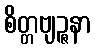
စိတ္တဗျဉ္ဇနာ